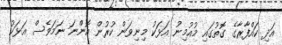
އަދި ކައްފާރާގެ ގޮތުގައި މުއުމިނު އަޅަކު މިނިވަން ކުރުން އޮންނަ ނަމަވެސް އަޅަކު